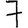
Digit: 7